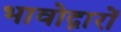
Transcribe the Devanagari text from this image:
भावोद्गारों